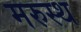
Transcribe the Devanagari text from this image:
मरुस्थ